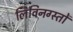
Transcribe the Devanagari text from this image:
लिविनग्स्तों